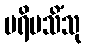
ပရိမသိံသု